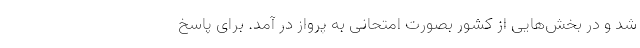
شد و در بخش‌هایی از کشور بصورت امتحانی به پرواز در آمد. برای پاسخ